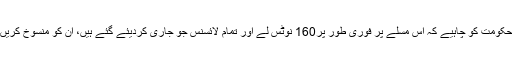
حکومت کو چاہیے کہ اس مسلے پر فوری طور پر160 نوٹس لے اور تمام لائسنس جو جاری کردیئے گئے ہیں، ان کو منسوخ کریں۔